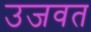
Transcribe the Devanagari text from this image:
उजवत